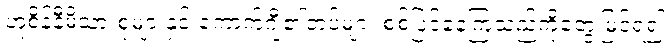
ဟူစိန်နီမိသားစုများနှင့် ကောက်ဂျီ၏တပ်များ စစ်ပြင်နေကြသည်ကိုတွေ့မြင်ရ၍